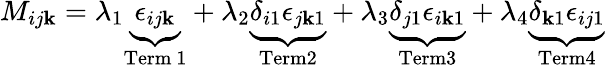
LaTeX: M_{ij\mathbf{k}}=\lambda_{1}\underbrace{{\epsilon_{ij\mathbf{k}}}}_{\mathrm{{Term~1}}}+\lambda_{2}\underbrace{{\delta_{i1}\epsilon_{j\mathbf{k}1}}}_{\mathrm{{Term2}}}+\lambda_{3}\underbrace{{\delta_{j1}\epsilon_{i\mathbf{k}1}}}_{\mathrm{{Term3}}}+\lambda_{4}\underbrace{{\delta_{\mathbf{k}1}\epsilon_{ij1}}}_{\mathrm{{Term4}}}